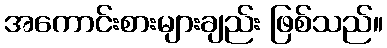
အကောင်းစားများချည်း ဖြစ်သည်။